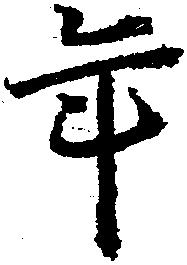
年